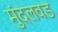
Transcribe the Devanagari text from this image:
मुंदलवड